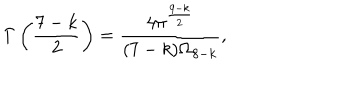
\Gamma \left( \frac { 7 - k } { 2 } \right) = \frac { 4 \pi ^ { \frac { 9 - k } { 2 } } } { ( 7 - k ) \Omega _ { 8 - k } } ,